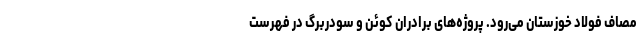
مصاف فولاد خوزستان می‌رود. پروژه‌های برادران کوئن و سودربرگ در فهرست